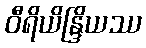
ဝီရိယိန္ဒြိယဿ